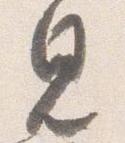
見